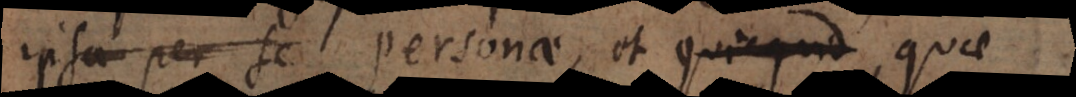
ipsa per se personae, et quae